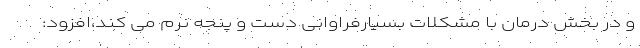
و در بخش درمان با مشکلات بسیارفراوانی دست و پنجه نرم می کند،افزود: